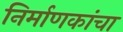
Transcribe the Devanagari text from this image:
निर्माणकांचा